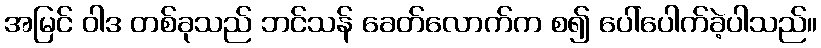
အမြင် ဝါဒ တစ်ခုသည် ဘင်သန် ခေတ်လောက်က စ၍ ပေါ်ပေါက်ခဲ့ပါသည်။